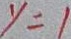
y = 1